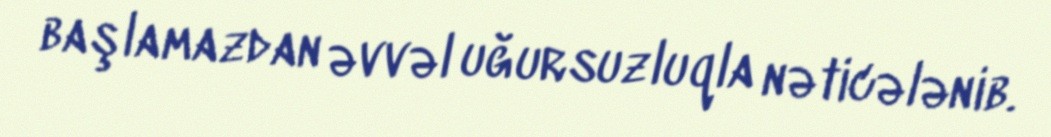
başlamazdan əvvəl uğursuzluqla nəticələnib.